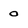
Character: 0